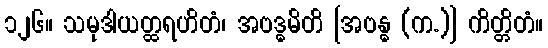
၁၂၆။ သမုဒါယတ္ထရဟိတံ၊ အဗဒ္ဓမိတိ [အဗန္ဓ (က.)] ကိတ္တိတံ။